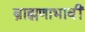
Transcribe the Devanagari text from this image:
ब्राह्मणाभावीं